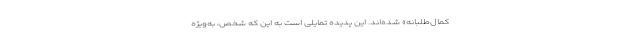
کمال‌طلبانه» شده‌اند. این پدیده تمایلی است به این که شخص، به‌ویژه